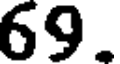
69.